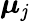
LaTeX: \boldsymbol{\mu}_{\mathit{j}}